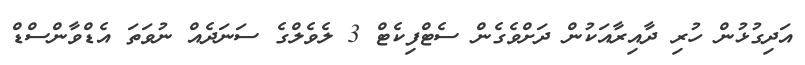
އަދިގުޅުން ހުރި ދާއިރާއަކުން ދަށްވެގެން ސެޓްފިކެޓް 3 ލެވެލްގެ ސަނަދެއް ނުވަތަ އެޑްވާންސްޑް